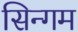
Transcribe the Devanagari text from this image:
सिन्गम